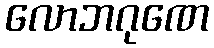
လောဘဂုဏေ